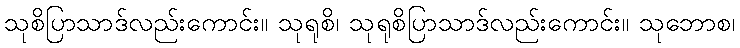
သုစိပြာသာဒ်လည်းကောင်း။ သုရုစိ၊ သုရုစိပြာသာဒ်လည်းကောင်း။ သုဘောစ၊